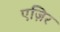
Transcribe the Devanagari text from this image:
एज़िर